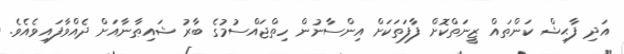
އަދި ފާޙިޝް ކަންތައް ޒީނަތްކޮށް ފާފަތަކަށް އިންސާނުން ހިތްޖައްސުމުގެ ބާރު ޝައިޠާނާއަށް ދެއްވާފައިވެއެވެ.